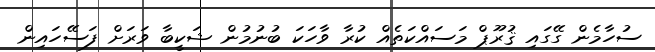
ސުހާމެން ގޭގައި ޤުރޫޕް މަސައްކަތެއް ކުރާ ވާހަކަ ބުނުމުން ޝަކީބާ ވަރަށް ފަސޭހައިން